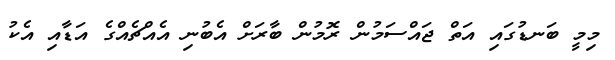
މިމީ ބަނޑުގައި އަތް ޖައްސަމުން ރޮމުން ބާރަށް އެބުނި އެއްޗެއްގެ އަޑާއި އެކު